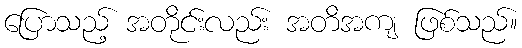
ပြောသည့် အတိုင်းလည်း အတိအကျ ဖြစ်သည်။